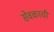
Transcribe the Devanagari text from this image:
सेवकाची